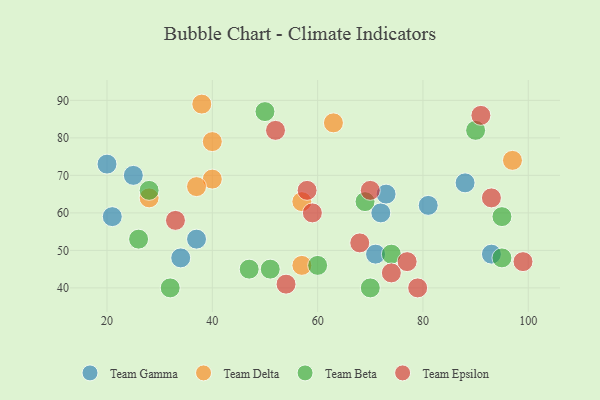
{"axis": {"x": "GDP", "y": "Life Expectancy"}, "legend": ["Team Beta", "Team Delta", "Team Epsilon", "Team Gamma"], "data": [{"x": "72", "y": 60, "type": "Team Gamma"}, {"x": "71", "y": 49, "type": "Team Gamma"}, {"x": "25", "y": 70, "type": "Team Gamma"}, {"x": "73", "y": 65, "type": "Team Gamma"}, {"x": "88", "y": 68, "type": "Team Gamma"}, {"x": "37", "y": 53, "type": "Team Gamma"}, {"x": "34", "y": 48, "type": "Team Gamma"}, {"x": "93", "y": 49, "type": "Team Gamma"}, {"x": "21", "y": 59, "type": "Team Gamma"}, {"x": "20", "y": 73, "type": "Team Gamma"}, {"x": "81", "y": 62, "type": "Team Gamma"}, {"x": "40", "y": 69, "type": "Team Delta"}, {"x": "63", "y": 84, "type": "Team Delta"}, {"x": "28", "y": 64, "type": "Team Delta"}, {"x": "57", "y": 46, "type": "Team Delta"}, {"x": "37", "y": 67, "type": "Team Delta"}, {"x": "97", "y": 74, "type": "Team Delta"}, {"x": "40", "y": 79, "type": "Team Delta"}, {"x": "57", "y": 63, "type": "Team Delta"}, {"x": "38", "y": 89, "type": "Team Delta"}, {"x": "26", "y": 53, "type": "Team Beta"}, {"x": "28", "y": 66, "type": "Team Beta"}, {"x": "90", "y": 82, "type": "Team Beta"}, {"x": "69", "y": 63, "type": "Team Beta"}, {"x": "60", "y": 46, "type": "Team Beta"}, {"x": "51", "y": 45, "type": "Team Beta"}, {"x": "32", "y": 40, "type": "Team Beta"}, {"x": "95", "y": 59, "type": "Team Beta"}, {"x": "50", "y": 87, "type": "Team Beta"}, {"x": "95", "y": 48, "type": "Team Beta"}, {"x": "74", "y": 49, "type": "Team Beta"}, {"x": "47", "y": 45, "type": "Team Beta"}, {"x": "70", "y": 40, "type": "Team Beta"}, {"x": "93", "y": 64, "type": "Team Epsilon"}, {"x": "33", "y": 58, "type": "Team Epsilon"}, {"x": "91", "y": 86, "type": "Team Epsilon"}, {"x": "74", "y": 44, "type": "Team Epsilon"}, {"x": "59", "y": 60, "type": "Team Epsilon"}, {"x": "54", "y": 41, "type": "Team Epsilon"}, {"x": "68", "y": 52, "type": "Team Epsilon"}, {"x": "77", "y": 47, "type": "Team Epsilon"}, {"x": "52", "y": 82, "type": "Team Epsilon"}, {"x": "79", "y": 40, "type": "Team Epsilon"}, {"x": "58", "y": 66, "type": "Team Epsilon"}, {"x": "70", "y": 66, "type": "Team Epsilon"}, {"x": "99", "y": 47, "type": "Team Epsilon"}]}